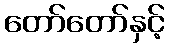
တော်တော်နှင့်